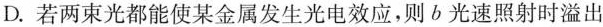
D.若两束光都能使某金属发生光电效应，则b光速照射时溢出